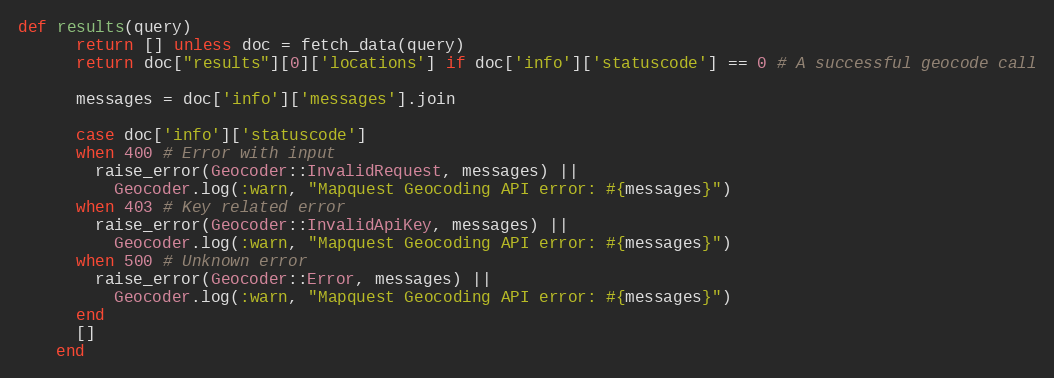
Language: Ruby
def results(query)
      return [] unless doc = fetch_data(query)
      return doc["results"][0]['locations'] if doc['info']['statuscode'] == 0 # A successful geocode call

      messages = doc['info']['messages'].join

      case doc['info']['statuscode']
      when 400 # Error with input
        raise_error(Geocoder::InvalidRequest, messages) ||
          Geocoder.log(:warn, "Mapquest Geocoding API error: #{messages}")
      when 403 # Key related error
        raise_error(Geocoder::InvalidApiKey, messages) ||
          Geocoder.log(:warn, "Mapquest Geocoding API error: #{messages}")
      when 500 # Unknown error
        raise_error(Geocoder::Error, messages) ||
          Geocoder.log(:warn, "Mapquest Geocoding API error: #{messages}")
      end
      []
    end